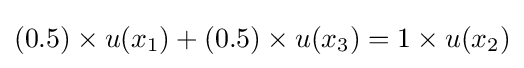
(0.5)\times u(x_{1})+(0.5)\times u(x_{3})=1\times u(x_{2})